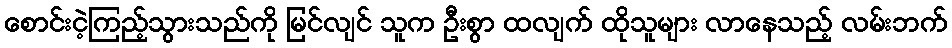
စောင်းငဲ့ကြည့်သွားသည်ကို မြင်လျင် သူက ဦးစွာ ထလျက် ထိုသူများ လာနေသည့် လမ်းဘက်